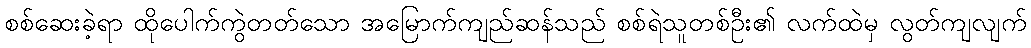
စစ်ဆေးခဲ့ရာ ထိုပေါက်ကွဲတတ်သော အမြောက်ကျည်ဆန်သည် စစ်ရဲသူတစ်ဦး၏ လက်ထဲမှ လွတ်ကျလျက်